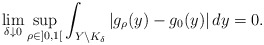
\begin{align*}\lim_{\delta\downarrow0}\sup_{\rho\in]0,1[}\int_{Y\setminus K_\delta} \left\vert g_\rho(y)-g_{0}(y) \right\vert dy=0.\end{align*}